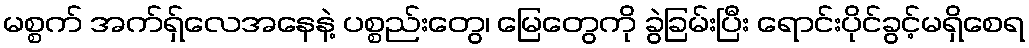
မစ္စက် အက်ရှ်လေအနေနဲ့ ပစ္စည်းတွေ၊ မြေတွေကို ခွဲခြမ်းပြီး ရောင်းပိုင်ခွင့်မရှိစေရ